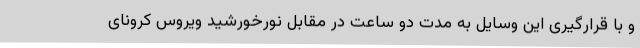
و با قرارگیری این وسایل به مدت دو ساعت در مقابل نورخورشید ویروس کرونای